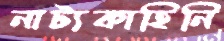
নাট্যকাহিনি